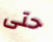
حتى